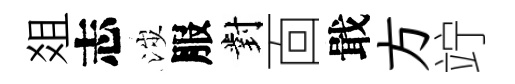
爼志涉服對靣戢方竚